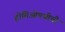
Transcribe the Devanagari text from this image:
होमिओपथीची